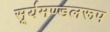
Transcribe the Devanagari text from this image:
सूर्यमण्डलरूप